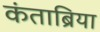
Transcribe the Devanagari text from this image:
कंताब्रिया